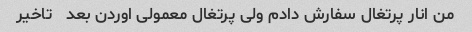
من انار پرتغال سفارش دادم ولی پرتغال معمولی اوردن بعد   تاخیر